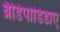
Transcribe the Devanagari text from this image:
ब्रैडिपोडिडाए